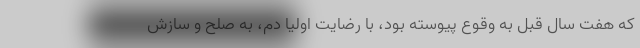
که هفت سال قبل به وقوع پیوسته بود، با رضایت اولیا دم، به صلح و سازش